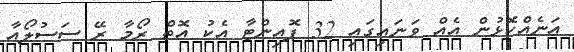
އަނެއްކޮޅުން އެއް ވަނައިގައި 32 ޕޮއިންޓާ އެކު އޮތް ރޯމާ ރޭ ސަސުލޯއާ